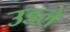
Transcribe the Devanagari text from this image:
उडले